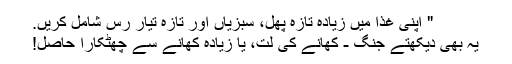
" اپنی غذا میں زیادہ تازہ پھل، سبزیاں اور تازہ تیار رس شامل کریں.
یہ بھی دیکھتے جنگ - کھانے کی لت، یا زیادہ کھانے سے چھٹکارا حاصل!